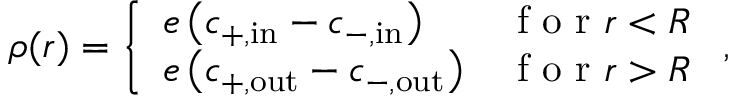
\rho ( \boldsymbol { r } ) = \left\{ \begin{array} { l l } { e \left( c _ { \mathrm { + , i n } } - c _ { \mathrm { - , i n } } \right) } & { \textrm { f o r } r < R } \\ { e \left( c _ { \mathrm { + , o u t } } - c _ { \mathrm { - , o u t } } \right) } & { \textrm { f o r } r > R } \end{array} \right. ,